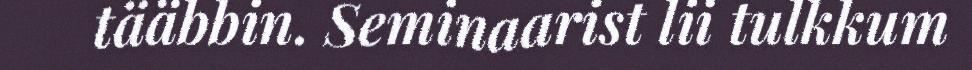
tääbbin. Seminaarist lii tulkkum